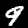
Digit: 9